Medical and sanitary report of the native army of Madras for the year
Year: 1878
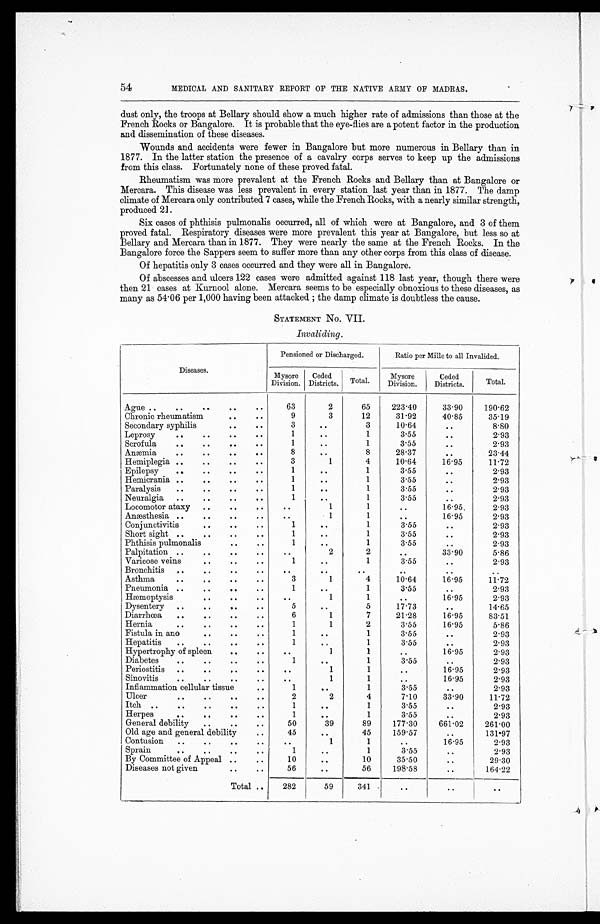
54
MEDICAL AND SANITARY REPORT OF THE NATIVE ARMY OF MADRAS.
dust only, the troops at Bellary should show a much higher rate of admissions than those at the
French Rocks or Bangalore. It is probable that the eye-flies are a potent factor in the production
and dissemination of these diseases.
Wounds and accidents were fewer in Bangalore but more numerous in Bellary than in
1877. In the latter station the presence of a cavalry corps serves to keep up the admissions
from this class. Fortunately none of these proved fatal.
Rheumatism was more prevalent at the French Rocks and Bellary than at Bangalore or
Mercara. This disease was less prevalent in every station last year than in 1877. The damp
climate of Mercara only contributed 7 cases, while the French Rocks, with a nearly similar strength,
produced 21.
Six cases of phthisis pulmonalis occurred, all of which were at Bangalore, and 3 of them
proved fatal. Respiratory diseases were more prevalent this year at Bangalore, but less so at
Bellary and Mercara than in 1877. They were nearly the same at the French Rocks. In the
Bangalore force the Sappers seem to suffer more than any other corps from this class of disease.
Of hepatitis only 3 cases occurred and they were all in Bangalore.
Of abscesses and ulcers 122 cases were admitted against 118 last year, though there were
then 21 cases at Kurnool alone. Mercara seems to be especially obnoxious to these diseases, as
many as 54.06 per 1,000 having been attacked; the damp climate is doubtless the cause.
STATEMENT No. VII.
Invaliding.
Diseases.
Pensioned or Discharged.
Ratio per Mille to all Invalided.
Mysore
Division.
Ceded
Districts. Total.
Mysore
Division.
Ceded
Districts.
Total.
Ague ..
..
..
..
..
63
2 2 3 . 4 0
65
223.40
33.90
190.62
Chronic rheumatism
..
..
9
3
12
31.92
40.85
35.19
Secondary syphilis
..
..
3
..
3
10.64
..
8.80
Leprosy
..
..
..
..
. .
..
1
3.55
..
2.93
Scrofula
..
..
..
..
. .
. .
1
3.55
..
2.93
Anæmia
..
..
.. .. ..
..
8
28.37
..
23.44
Hemiplegia ..
..
..
..
3
1
4
10.64
16.95
11.72
Epilepsy
..
..
..
.. .. ..
1
3.55
..
2.93
Hemicrania ..
..
..
.. .. ..
1
3.55
..
2.93
Paralysis
..
..
..
..
.. ..
1
3.55
..
2.93
Neuralgia ..
..
.. .. .. ..
1
3.55
..
2.93
Locomotor ataxy
..
..
..
..
1
2 8 . 3 7
..
2.93
Anæsthesia æ
..
..
..
. .
1
. .
16.95
2.93
Conjunctivitis
..
..
..
1
. .
1
3.55
. .
2.93
Short sight ..
..
..
..
. .
..
1
3.55
..
2.93
Phthisis pulmonalis
..
..
1
. .
1
3.5
. .
2.93
Palpitation ..
..
..
..
. .
2
..
33.90
5.86
Varicose veins
..
..
..
. .
. .
1
3.55
..
2.93
Bronchitis ..
..
..
..
..
. .
. .
3 . 5 5
..
. .
Asthma
..
..
..
..
3
1
4
10.64
16.95
11.72
Pneumonia ..
..
..
..
1
..
1
3.5
..
2.93
Hæemoptysis
..
..
..
..
1
1
. .
16.95
2.93
Dysentery ..
..
..
..
5
..
5
17.73
..
14.65
Diarrhoea
..
..
..
..
6
1
7
21.28
16.95
83.51
Hernia
..
..
..
..
1
1
2
3.55
16.95
5.86
Fistula in ano
..
..
..
1
..
1
3.55
..
2.93
Hepatitis
..
..
..
..
1
. .
1
3.55
..
2.93
Hypertrophy of spleen
..
..
..
1
1
..
16.95
2.93
Diabetes
..
..
..
..
1
..
1
3.55
..
2.93
Periostitis ..
..
..
..
. .
1
1
. .
16.95
2.93
Sinovitis
..
..
..
..
..
1
1
..
16.95
2.93
Inflammation cellular tissu
..
1
..
1
3.55
. .
2.93
Ulcer
..
..
..
..
2
2
4
7.10
33.90
11.72
Itch ..
..
..
..
..
1
. .
1
3.55
..
2.93
Herpes
..
..
..
..
1
..
1
3.55
..
2.93
General debility
..
..
..
50
39
89
177.30
661.02
261.00
Old age and general debility
..
45
..
45
159.5
..
131.97
Contusion
..
..
..
..
..
1
1
..
16.95
2.93
Sprain
..
..
..
..
1
. .
1
3.55
..
2.93
By Committee of Appeal ..
..
10
..
10
35.50
..
29.30
Diseases not given
..
..
56
..
56
198.58
..
164.22
Total ..
282
59
341
. .
..
. .